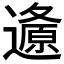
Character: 𲆂